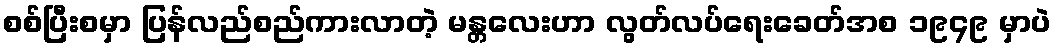
စစ်ပြီးစမှာ ပြန်လည်စည်ကားလာတဲ့ မန္တလေးဟာ လွတ်လပ်ရေးခေတ်အစ ၁၉၄၉ မှာပဲ